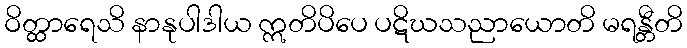
ဝိတ္ထာရေသိ နာနုပါဒါယ ဣတိပိပေ ပဋိဃသညာယောတိ မရန္တီတိ